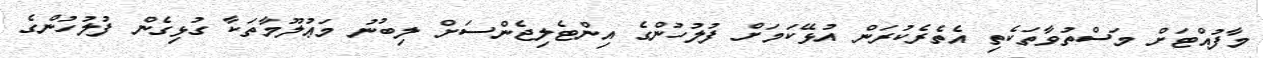
މާފުއްޓަށް މަސްތުވާތަކެތި އެތެރެކުރަން އުޅޭކަމަށް ފުލުހުންގެ އިންޓެލިޖެންސަށް ލިބުނު މަޢުލޫމާތަކާ ގުޅިގެން ފުލުހުންގެ